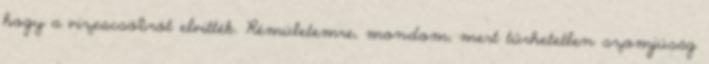
hogy a vizescsöbröt elvitték. Rémületemre, mondom, mert tűrhetetlen szomjúság